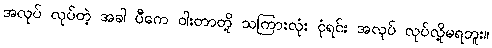
အလုပ် လုပ်တဲ့ အခါ ပီကေ ဝါးတာတို့ သကြားလုံး ငုံရင်း အလုပ် လုပ်လို့မရဘူး။